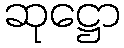
ဆုဋ္ဌော